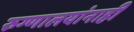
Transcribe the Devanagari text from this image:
रुग्णालयांनाही